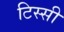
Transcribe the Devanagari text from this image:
टिस्सी